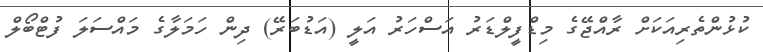
ކުޅުންތެރިއަކަށް ރާއްޖޭގެ މިޑްފީލްޑަރު އަސްހަރު އަލީ (އަޑުބަރޭ) ދިން ހަމަލާގެ މައްސަލަ ފުޓްބޯލް